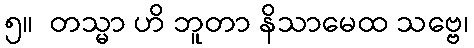
၅။  တသ္မာ ဟိ ဘူတာ နိသာမေထ သဗ္ဗေ၊